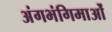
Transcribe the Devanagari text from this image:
अंगभंगिमाओं